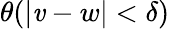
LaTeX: \theta(|\mathit{v}-w|<\delta)